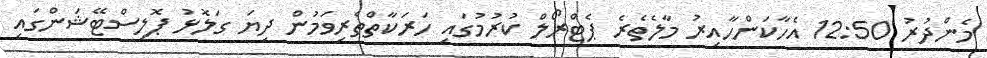
މެންދުރު 12:50 އެހާކަންހާއިރު މާލެތެރެ ޕެޓްރޯލް ކުރުމުގައި ހަރަކާތްތެރިވަމުން ދިޔަ ގަލޮޅު ޕޮލިސްޓޭޝަންގައި